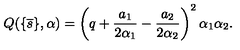
Q ( \{ \overline { { s } } \} , \alpha ) = \left( q + \frac { a _ { 1 } } { 2 \alpha _ { 1 } } - \frac { a _ { 2 } } { 2 \alpha _ { 2 } } \right) ^ { 2 } \alpha _ { 1 } \alpha _ { 2 } .